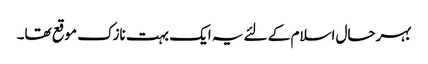
بہرحال اسلام کے لئے یہ ایک بہت نازک موقع تھا۔